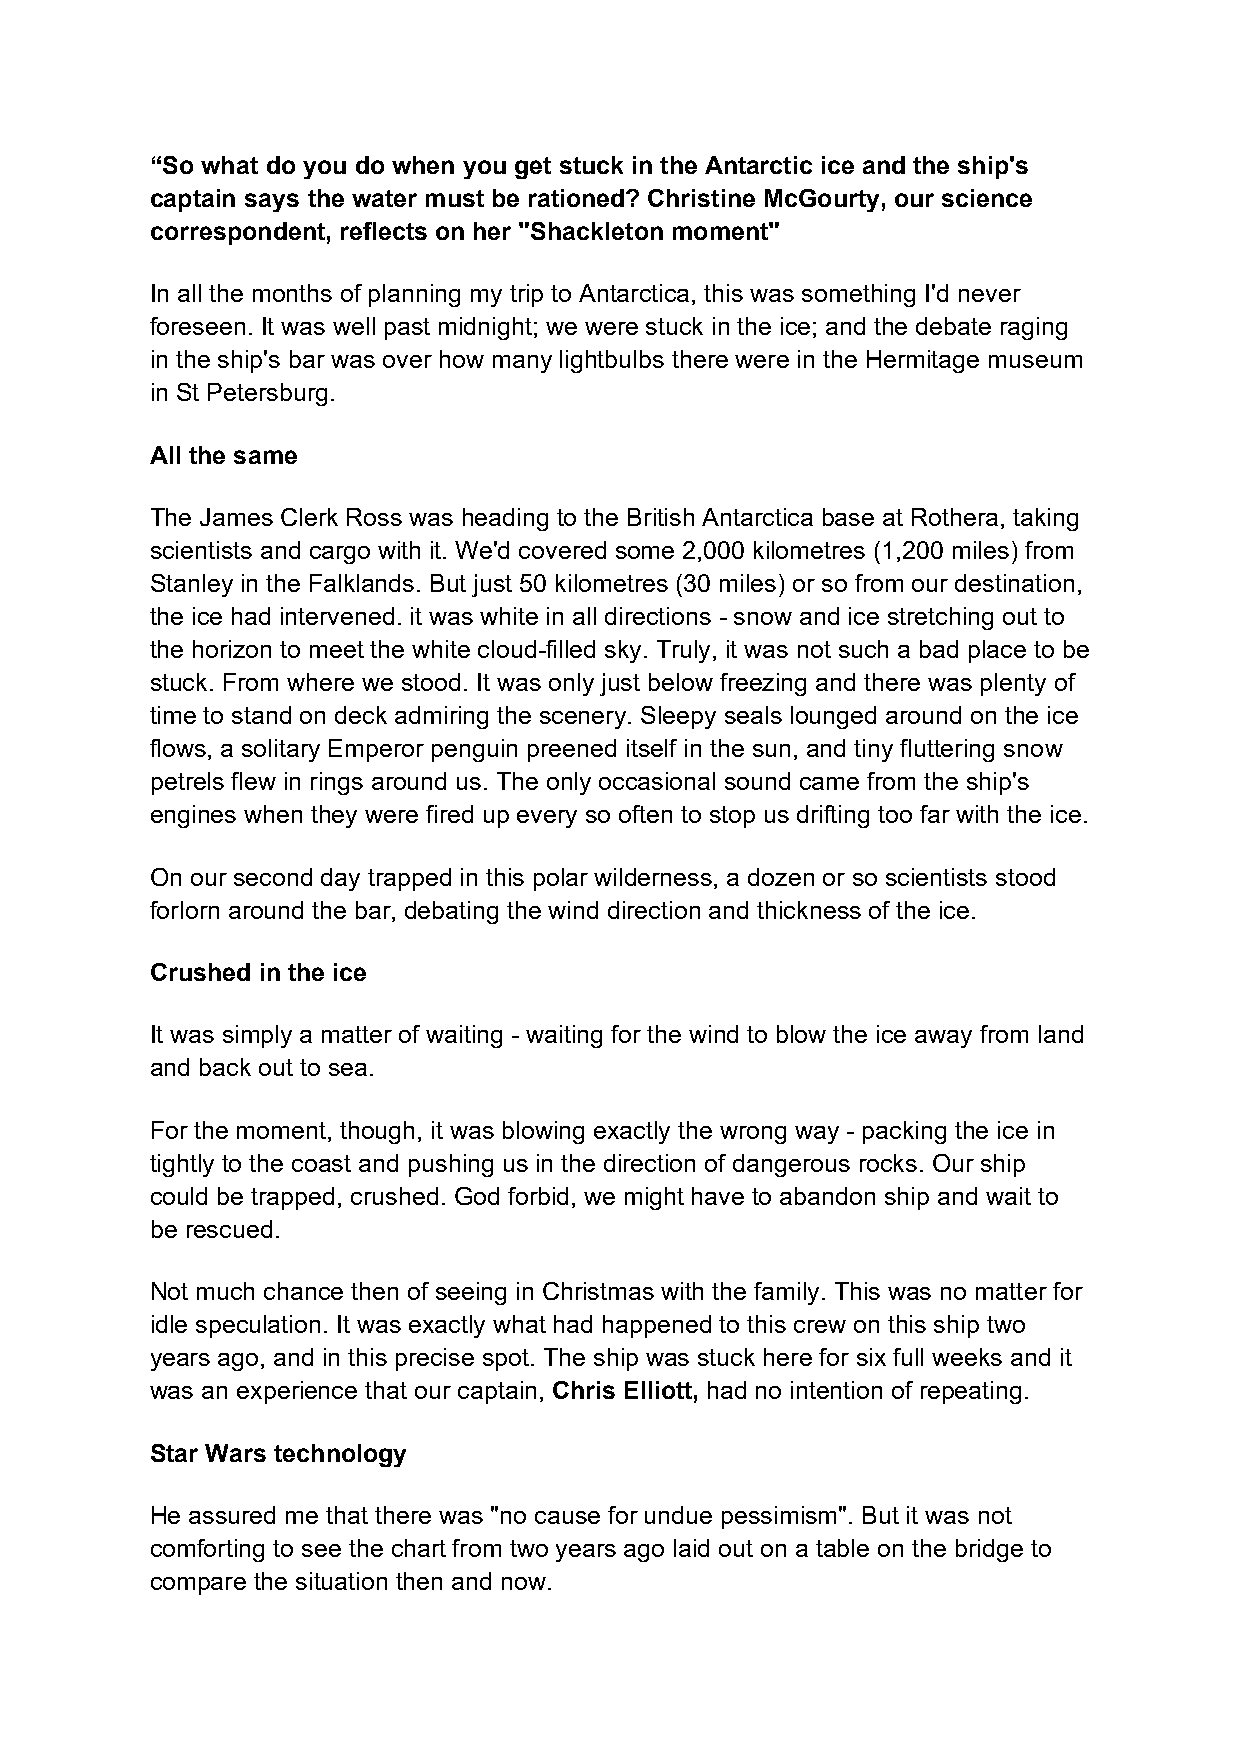
“So what do you do when you get stuck in the Antarctic ice and the ship's
 captain says the water must be rationed? Christine McGourty, our science
 correspondent, reflects on her "Shackleton moment"
 In all the months of planning my trip to Antarctica, this was something I'd never
 foreseen. It was well past midnight; we were stuck in the ice; and the debate raging
 in the ship's bar was over how many lightbulbs there were in the Hermitage museum
 in St Petersburg.
 All the same
 The James Clerk Ross was heading to the British Antarctica base at Rothera, taking
 scientists and cargo with it. We'd covered some 2,000 kilometres (1,200 miles) from
 Stanley in the Falklands. But just 50 kilometres (30 miles) or so from our destination,
 the ice had intervened. it was white in all directions - snow and ice stretching out to
 the horizon to meet the white cloud-filled sky. Truly, it was not such a bad place to be
 stuck. From where we stood. It was only just below freezing and there was plenty of
 time to stand on deck admiring the scenery. Sleepy seals lounged around on the ice
 flows, a solitary Emperor penguin preened itself in the sun, and tiny fluttering snow
 petrels flew in rings around us. The only occasional sound came from the ship's
 engines when they were fired up every so often to stop us drifting too far with the ice.
 On our second day trapped in this polar wilderness, a dozen or so scientists stood
 forlorn around the bar, debating the wind direction and thickness of the ice.
 Crushed in the ice
 It was simply a matter of waiting - waiting for the wind to blow the ice away from land
 and back out to sea.
 For the moment, though, it was blowing exactly the wrong way - packing the ice in
 tightly to the coast and pushing us in the direction of dangerous rocks. Our ship
 could be trapped, crushed. God forbid, we might have to abandon ship and wait to
 be rescued.
 Not much chance then of seeing in Christmas with the family. This was no matter for
 idle speculation. It was exactly what had happened to this crew on this ship two
 years ago, and in this precise spot. The ship was stuck here for six full weeks and it
 was an experience that our captain, Chris Elliott, had no intention of repeating.
 Star Wars technology
 He assured me that there was "no cause for undue pessimism". But it was not
 comforting to see the chart from two years ago laid out on a table on the bridge to
 compare the situation then and now.